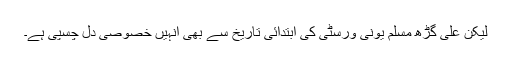
لیکن علی گڑھ مسلم یونی ورسٹی کی ابتدائی تاریخ سے بھی انہیں خصوصی دل چسپی ہے۔